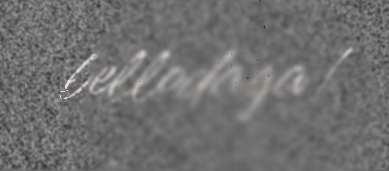
bellodaga/